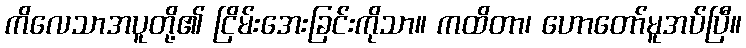
ကိလေသာအပူတို့၏ ငြိမ်းအေးခြင်းကိုသာ။ ကထိတာ၊ ဟောတော်မူအပ်ပြီ။